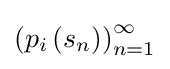
\left(p_{i}\left(s_{n}\right)\right)_{n=1}^{\infty }